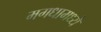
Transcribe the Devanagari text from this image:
मगधामध्ये